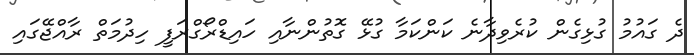
ދެ ގައުމު ގުޅިގެން ކުރެވިދާނެ ކަންކަމާ ގުޅޭ ގޮތުންނާއި ހައިޑްރޯގްރަފީ ހިދުމަތް ރާއްޖޭގައި